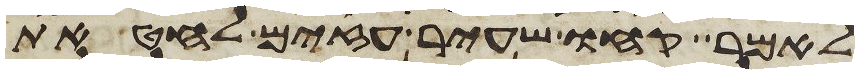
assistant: לאמר קחו שעיר עזים לחטאת